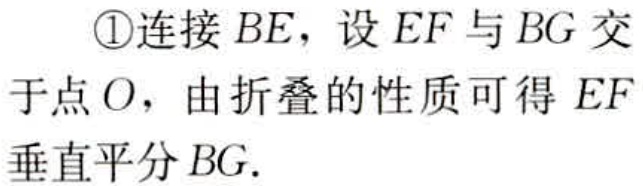
\textcircled{1}连接 \(BE\)，设 \(EF\) 与 \(BG\) 交于点 \(O\)，由折叠的性质可得 \(EF\) 垂直平分 \(BG\).